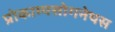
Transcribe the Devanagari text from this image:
प्रोकाम्‍पसोगनेथस